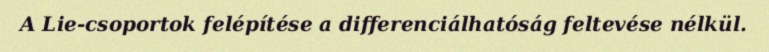
A Lie-csoportok felépítése a differenciálhatóság feltevése nélkül.